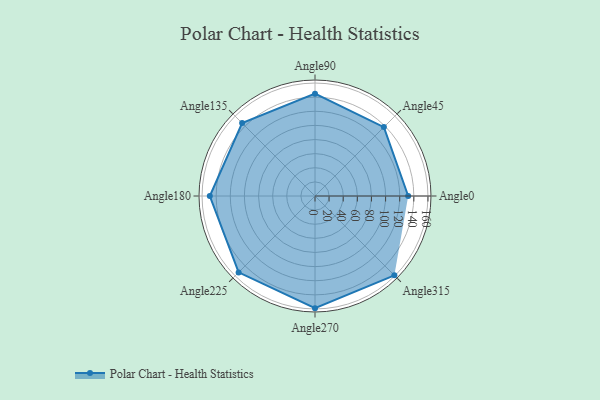
{"axis": {"x": "Angle", "y": "Radius"}, "legend": [""], "data": [{"x": "Angle0", "y": 132.0, "type": ""}, {"x": "Angle45", "y": 138.0, "type": ""}, {"x": "Angle90", "y": 145.0, "type": ""}, {"x": "Angle135", "y": 146.0, "type": ""}, {"x": "Angle180", "y": 149.0, "type": ""}, {"x": "Angle225", "y": 153.0, "type": ""}, {"x": "Angle270", "y": 159.0, "type": ""}, {"x": "Angle315", "y": 159.0, "type": ""}]}